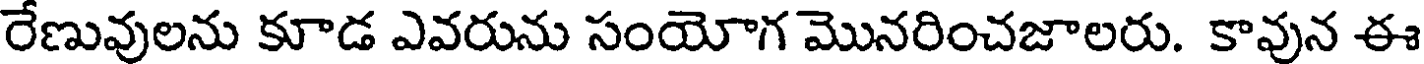
రేణువులను కూడ ఎవరును సంయోగ మొనరించజాలరు. కావున ఈ